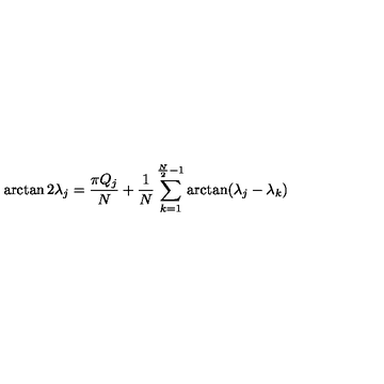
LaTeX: \arctan 2 \lambda _ { j } = \frac { \pi Q _ { j } } { N } + \frac { 1 } { N } \sum _ { k = 1 } ^ { \frac { N } { 2 } - 1 } \arctan ( \lambda _ { j } - \lambda _ { k } )